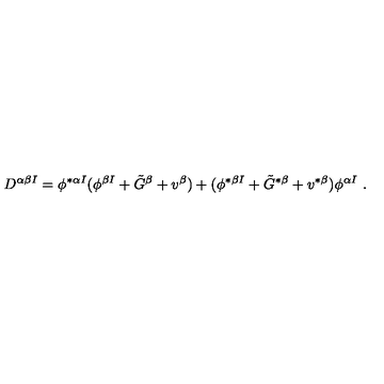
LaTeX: D ^ { \alpha \beta I } = \phi ^ { * \alpha I } ( \phi ^ { \beta I } + \tilde { G } ^ { \beta } + v ^ { \beta } ) + ( \phi ^ { * \beta I } + \tilde { G } ^ { * \beta } + v ^ { * \beta } ) \phi ^ { \alpha I } \ .